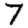
Digit: 7